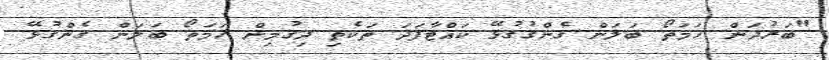
"ބަރުދަން ހަމަތޯ ބަލަން ގެންގުގުޅޭ ކައްޓާފަދަ ތަކެތި ދިގުމިން ހަމަތޯ ބަލަން ގެންގުޅޭ